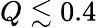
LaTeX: Q\lesssim 0.4